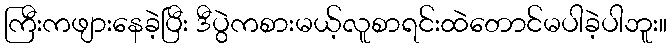
ကြီးကဖျားနေခဲ့ပြီး ဒီပွဲကစားမယ့်လူစာရင်းထဲတောင်မပါခဲ့ပါဘူး။